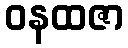
ဝနထဇာ